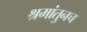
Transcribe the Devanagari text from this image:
श्रमांतुनच